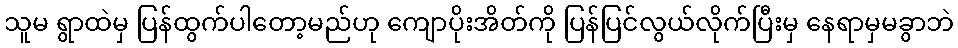
သူမ ရွာထဲမှ ပြန်ထွက်ပါတော့မည်ဟု ကျောပိုးအိတ်ကို ပြန်ပြင်လွယ်လိုက်ပြီးမှ နေရာမှမခွာဘဲ